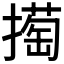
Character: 𢵘